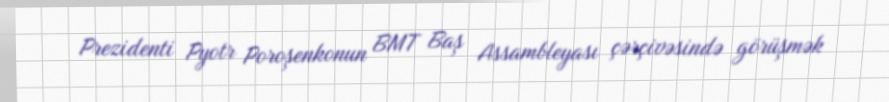
Prezidenti Pyotr Poroşenkonun BMT Baş Assambleyası çərçivəsində görüşmək